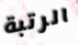
الرتبة